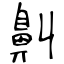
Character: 鼼